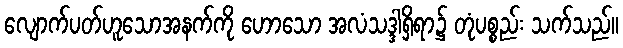
လျောက်ပတ်ဟူသောအနက်ကို ဟောသော အလံသဒ္ဒါရှိရာ၌ တုံပစ္စည်း သက်သည်။